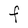
Character: F